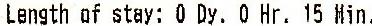
LENGTH OF STAY: 0 DY. 0 HR. 15 MIN.